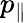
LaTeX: p_{\parallel}